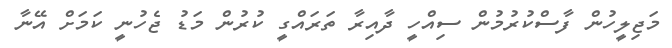
މަޖިލީހުން ފާސްކުރުމުން ސިއްހީ ދާއިރާ ތަރައްގީ ކުރުން މަޑު ޖެހުނީ ކަމަށް އޭނާ